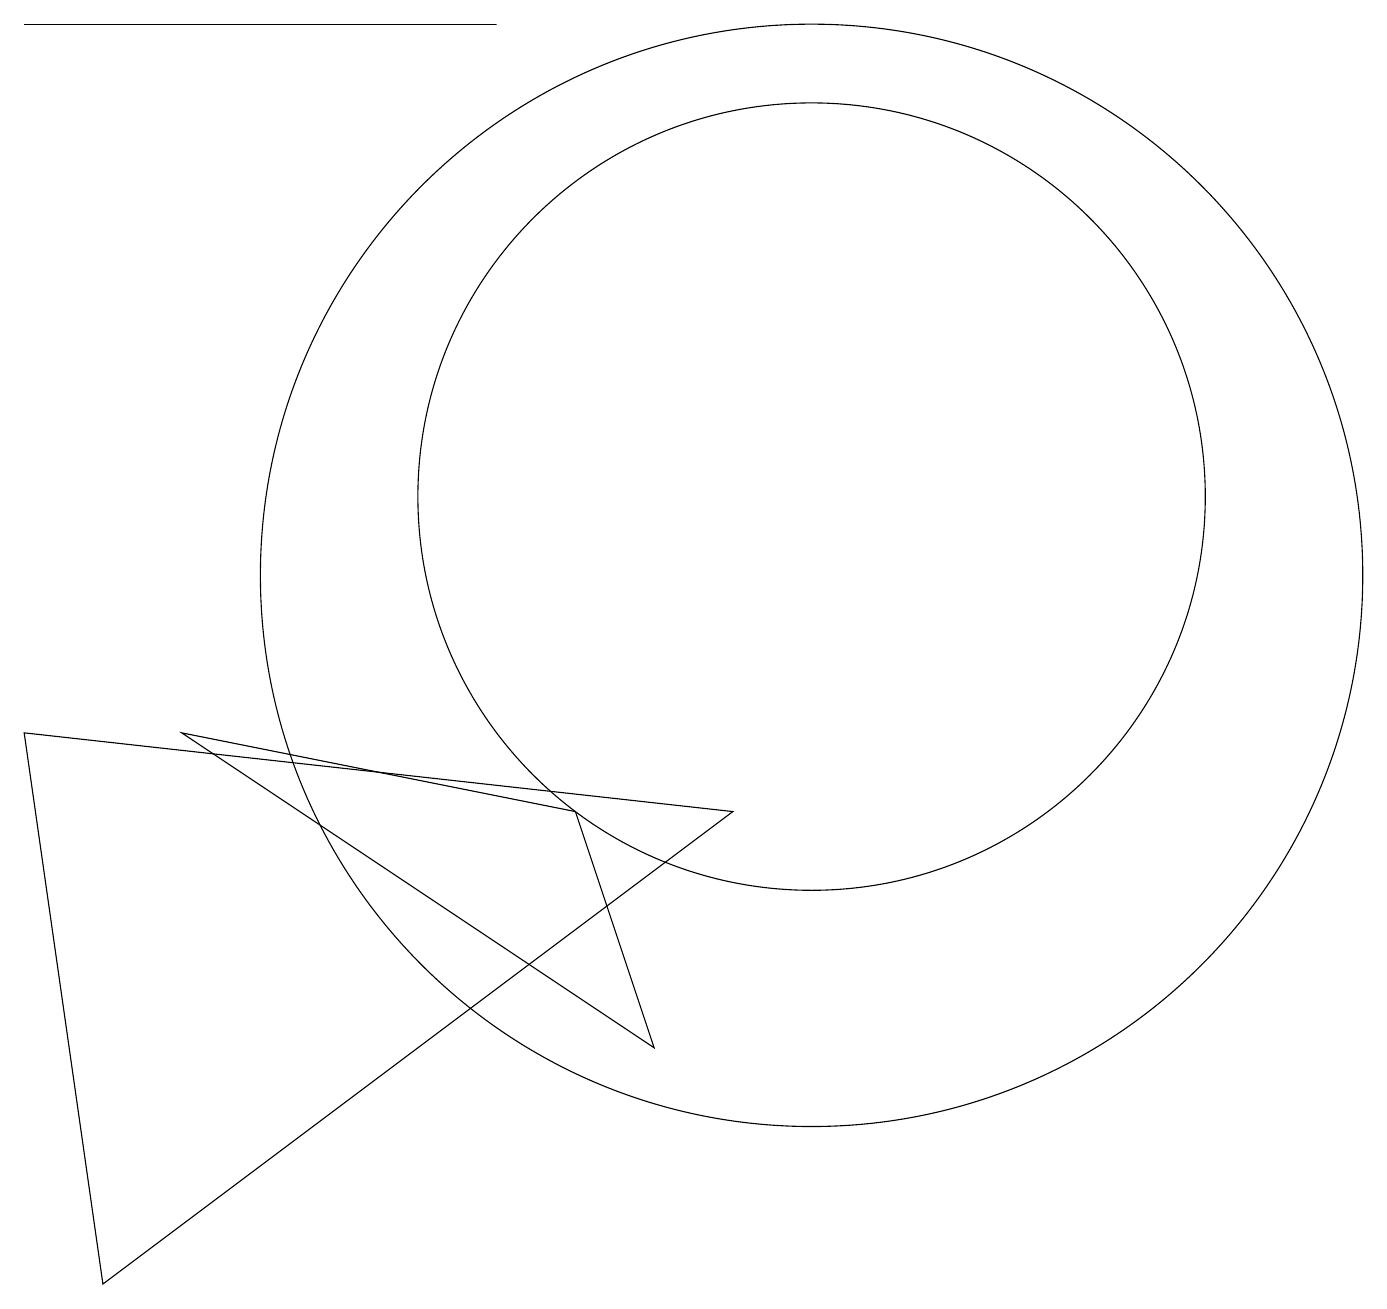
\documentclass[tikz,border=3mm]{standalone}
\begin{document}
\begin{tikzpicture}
\draw (10,11) circle (5);
\draw (6,17) rectangle (0,17);
\draw (8,4) -- (2,8) -- (7,7) -- cycle;
\draw (0,8) -- (9,7) -- (1,1) -- cycle;
\draw (10,10) circle (7);
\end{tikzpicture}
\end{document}